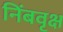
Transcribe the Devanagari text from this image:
निंबवृक्ष